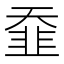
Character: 䪞